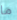
ما